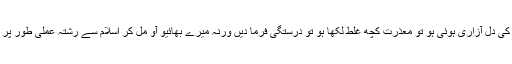
پلیز مجھ سے کسی کی دل آزاری ہوئی ہو تو معذرت کچھ غلط لکھا ہو تو درستگی فرما دیں ورنہ میرے بھائیو آو مل کر اسلام سے رشتہ عملی طور پر مضبوط کرتے ہیں۔